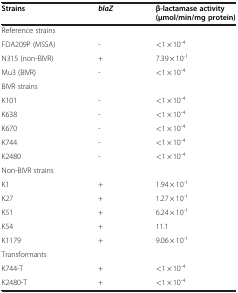
<table><thead><tr><td><b>Strains</b></td><td><b><i>blaZ</i></b></td><td><b>β-lactamase activity (μmol/min/mg protein)</b></td></tr></thead><tbody><tr><td>Reference strains</td><td> </td><td> </td></tr><tr><td>FDA209P (MSSA)</td><td>-</td><td>&lt;1 × 10<sup>-4</sup></td></tr><tr><td>N315 (non-BIVR)</td><td>+</td><td>7.39 × 10<sup>-1</sup></td></tr><tr><td>Mu3 (BIVR)</td><td>-</td><td>&lt;1 × 10<sup>-4</sup></td></tr><tr><td>BIVR strains</td><td> </td><td> </td></tr><tr><td>K101</td><td>-</td><td>&lt;1 × 10<sup>-4</sup></td></tr><tr><td>K638</td><td>-</td><td>&lt;1 × 10<sup>-4</sup></td></tr><tr><td>K670</td><td>-</td><td>&lt;1 × 10<sup>-4</sup></td></tr><tr><td>K744</td><td>-</td><td>&lt;1 × 10<sup>-4</sup></td></tr><tr><td>K2480</td><td>-</td><td>&lt;1 × 10<sup>-4</sup></td></tr><tr><td>Non-BIVR strains</td><td> </td><td> </td></tr><tr><td>K1</td><td>+</td><td>1.94 × 10<sup>-1</sup></td></tr><tr><td>K27</td><td>+</td><td>1.27 × 10<sup>-1</sup></td></tr><tr><td>K51</td><td>+</td><td>6.24 × 10<sup>-1</sup></td></tr><tr><td>K54</td><td>+</td><td>11.1</td></tr><tr><td>K1179</td><td>+</td><td>9.06 × 10<sup>-1</sup></td></tr><tr><td>Transformants</td><td> </td><td> </td></tr><tr><td>K744-T</td><td>+</td><td>&lt;1 × 10<sup>-4</sup></td></tr><tr><td>K2480-T</td><td>+</td><td>&lt;1 × 10<sup>-4</sup></td></tr></tbody></table>